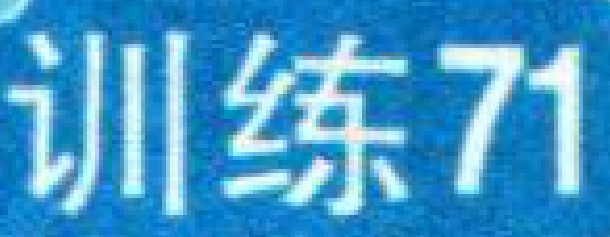
训练71